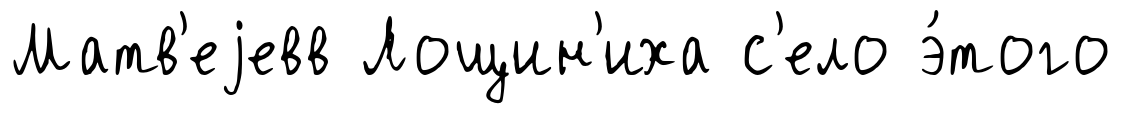
Матв'еjевв Лощин'иха с'ело э́того